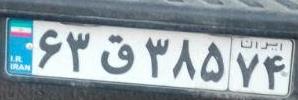
۶۳ق۳۸۵۷۴